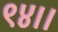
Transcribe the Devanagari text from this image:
९४।।